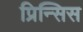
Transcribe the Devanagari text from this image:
प्रिन्सिस